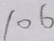
1 0 6